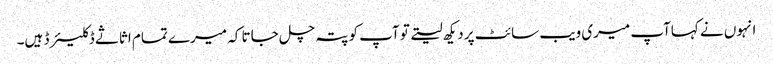
انہوں نے کہاآپ میری ویب سائٹ پر دیکھ لیتے تو آپ کو پتہ چل جاتا کہ میرے تمام اثاثے ڈکلیئرڈ ہیں۔